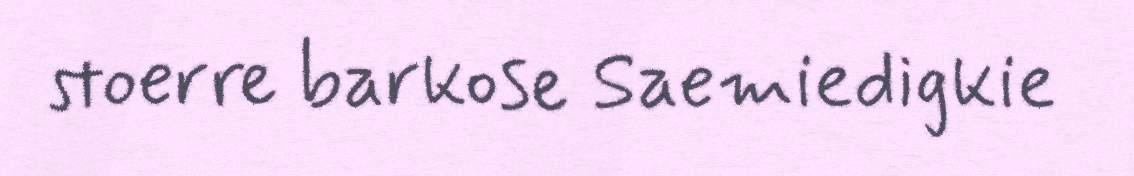
stoerre barkose Saemiedigkie